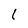
Character: 1